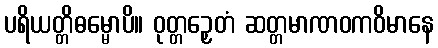
ပရိယတ္တိဓမ္မောပိ။ ဝုတ္တဉှေတံ ဆတ္တမာဏဝကဝိမာနေ